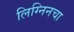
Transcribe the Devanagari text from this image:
लिग्निनचा